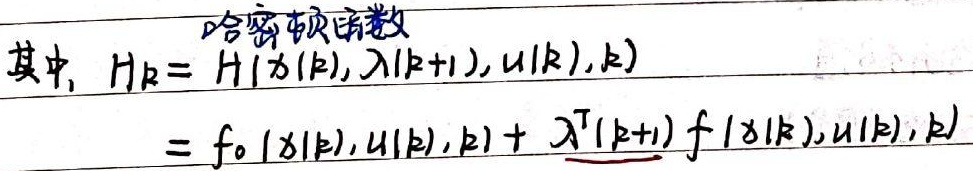
哈密顿函数
其中, \(H_{k}=H(x(k),\lambda(k + 1),u(k),k)\)
\(=f_{0}(x(k),u(k),k)+\lambda^{\mathrm{T}}(k + 1)f(x(k),u(k),k)\)